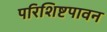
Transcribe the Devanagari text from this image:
परिशिष्टपावन